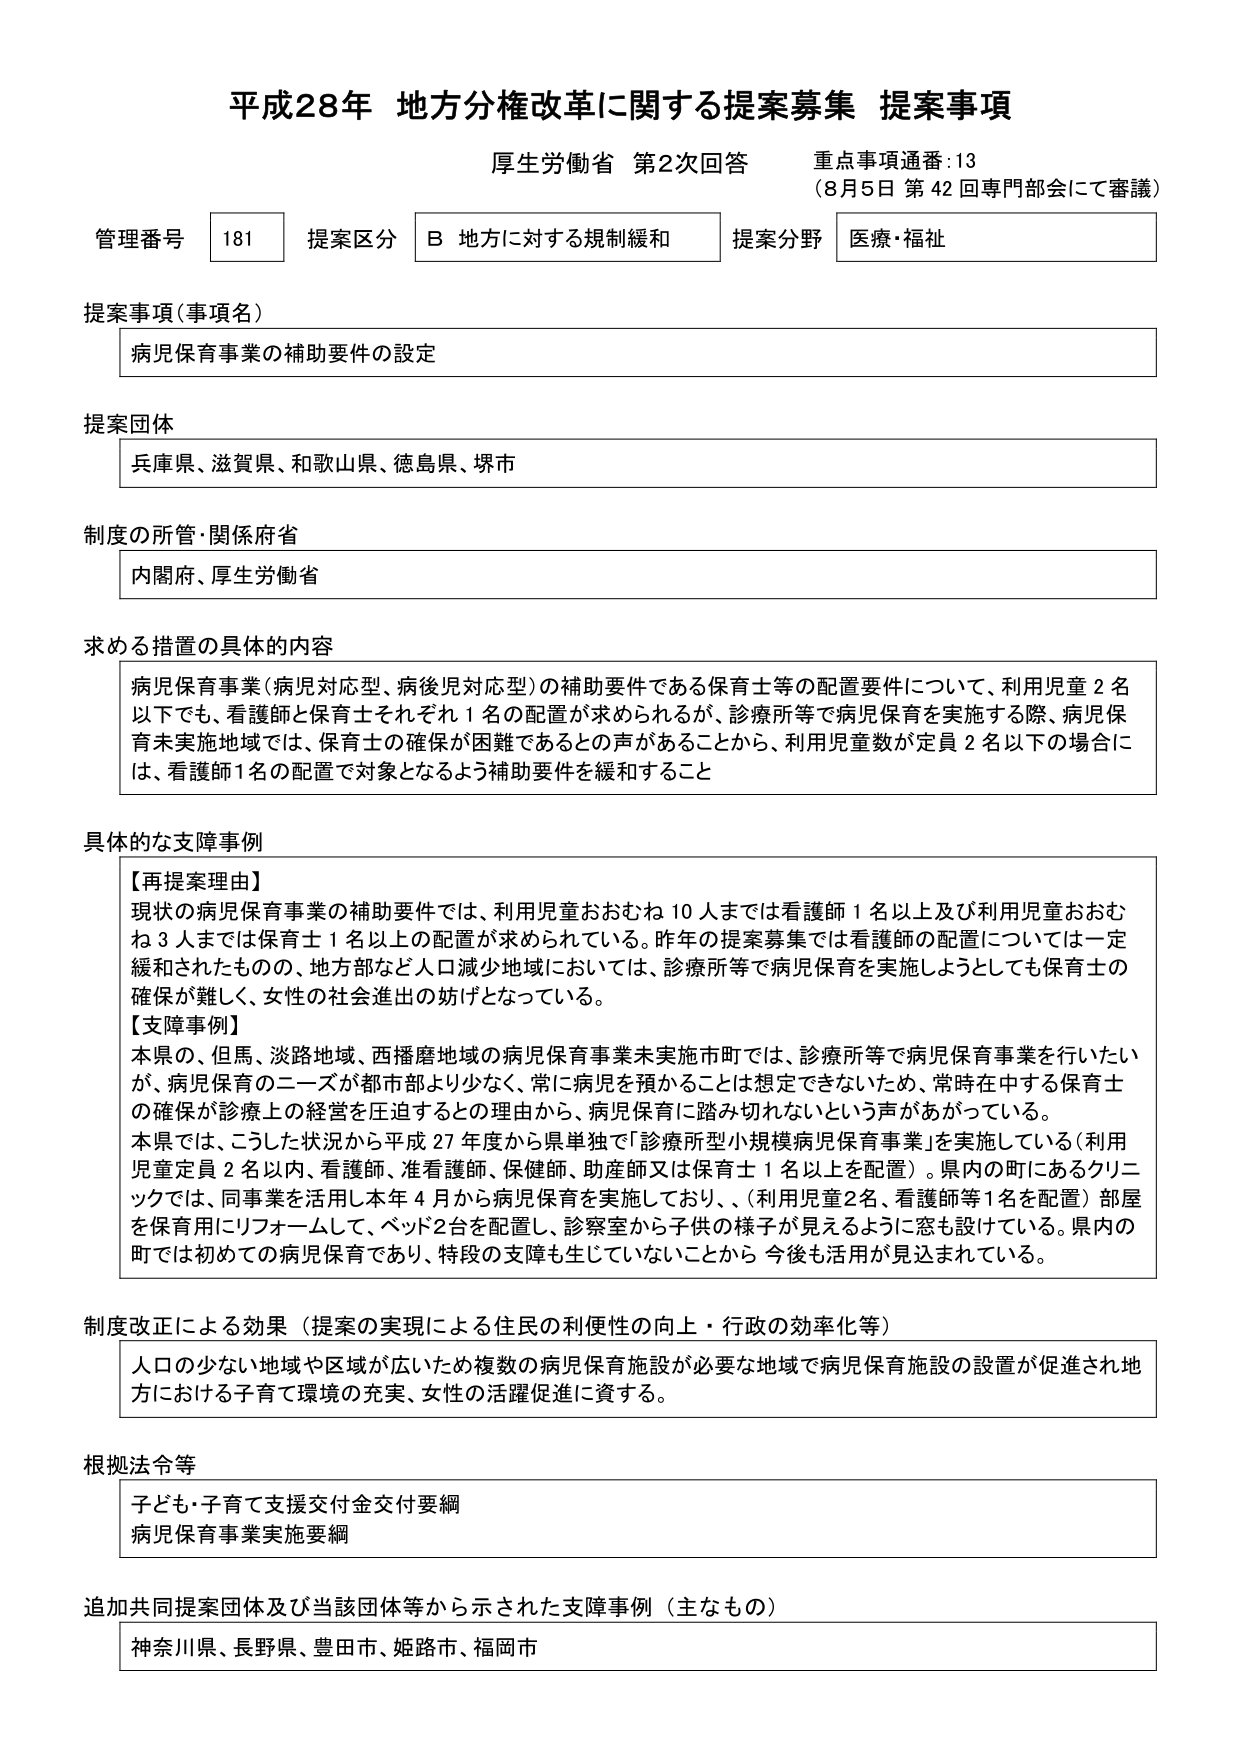
平成28年 地方分権改革に関する提案募集 提案事項
厚生労働省 第2次回答 重点事項通番:13
（8月5日 第42回専門部会にて審議）

管理番号 181 提案区分 B 地方に対する規制緩和 提案分野 医療・福祉

提案事項（事項名）
病児保育事業の補助要件の設定

提案団体
兵庫県、滋賀県、和歌山県、徳島県、堺市

制度の所管・関係府省
内閣府、厚生労働省

求める措置の具体的内容
病児保育事業（病児対応型、病後児対応型）の補助要件である保育士等の配置要件について、利用児童2名以下でも、看護師と保育士それぞれ1名の配置が求められるが、診療所等で病児保育を実施する際、病児保育未実施地域では、保育士の確保が困難であるとの声があることから、利用児童数が定員2名以下の場合には、看護師1名の配置で対象となるよう補助要件を緩和すること

具体的な支障事例
【再提案理由】
現状の病児保育事業の補助要件では、利用児童おおむね10人までは看護師1名以上及び利用児童おおむね3人までは保育士1名以上の配置が求められている。昨年の提案募集では看護師の配置については一定緩和されたものの、地方部など人口減少地域においては、診療所等で病児保育を実施しようとしても保育士の確保が難しく、女性の社会進出の妨げとなっている。
【支障事例】
本県の、但馬、淡路地域、西播磨地域の病児保育事業未実施市町では、診療所等で病児保育事業を行いたいが、病児保育のニーズが都市部より少なく、常に病児を預かることは想定できないため、常時在中する保育士の確保が診療上の経営を圧迫するとの理由から、病児保育に踏み切れないという声があがっている。
本県では、こうした状況から平成27年度から県単独で「診療所型小規模病児保育事業」を実施している（利用児童定員2名以内、看護師、准看護師、保健師、助産師又は保育士1名以上を配置）。県内の町にあるクリニックでは、同事業を活用し本年4月から病児保育を実施しており、（利用児童2名、看護師等1名を配置）部屋を保育用にリフォームして、ベッド2台を配置し、診察室から子供の様子が見えるように窓も設けている。県内の町では初めての病児保育であり、特段の支障も生じていないことから今後も活用が見込まれている。

制度改正による効果（提案の実現による住民の利便性の向上・行政の効率化等）
人口の少ない地域や区域が広いため複数の病児保育施設が必要な地域で病児保育施設の設置が促進され地方における子育て環境の充実、女性の活躍促進に資する。

根拠法令等
子ども・子育て支援交付金交付要綱
病児保育事業実施要綱

追加共同提案団体及び当該団体等から示された支障事例（主なもの）
神奈川県、長野県、豊田市、姫路市、福岡市